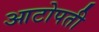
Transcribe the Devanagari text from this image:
आटोपती